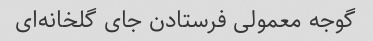
گوجه معمولی فرستادن جای گلخانه‌ای